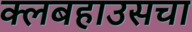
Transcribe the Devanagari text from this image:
क्लबहाउसचा